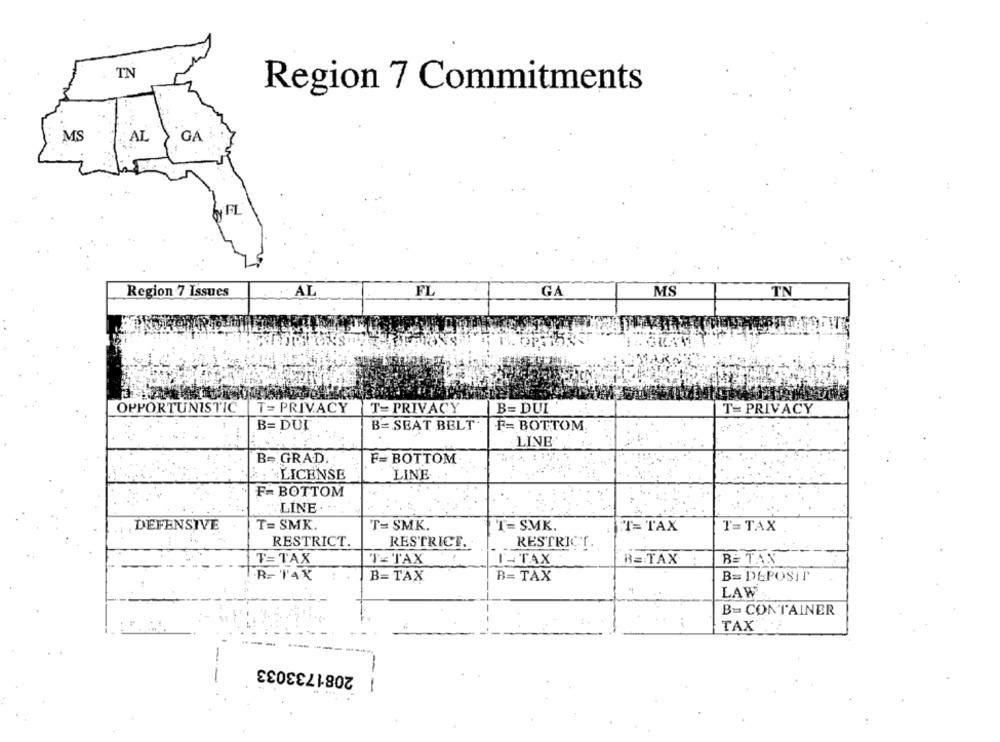
TN
Region 7 Commitments
MS
AL
GA
Region 7 Issues
. AL
FL
GA
MS
TN
OPPORTUNISTIC |T= PRIVACY
T- PRIVACY
B= DUI
T= PRIVACY
B= DUI
B= SEAT BELT
F= BOTTOM
LINE
B= GRAD
F= BOTTOM
: LICENSE
LINE
F- BOTTOM
LINE.
DEFENSIVE
T= SMK.
T= SMK.
T= SMK.
T=TAX
T=TAX
RESTRICT.
RESTRICT.
RESTRICT ..
T= TAX
TE TAX
T- TAX
B= TAX
BE TAN
I.R- 14X
B= TAX
B= TAX
B= DEPOSIT
LAW
B= CONTAINER
TAX
2081733033
-
-